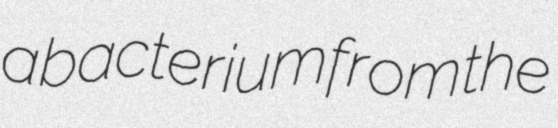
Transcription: a bacterium from the